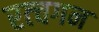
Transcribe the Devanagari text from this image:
रत्चगन